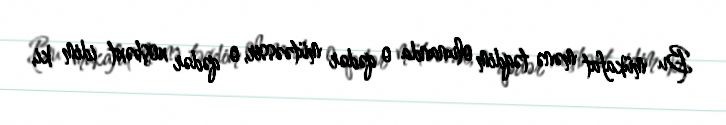
Bu mükafat mənə təqdim olunanda o qədər mütəəssir, o qədər xoşbəxt idim ki,